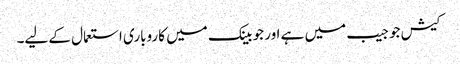
کیش جو جیب میں ہے اور جو بینک میں کاروباری استعمال کے لیے۔